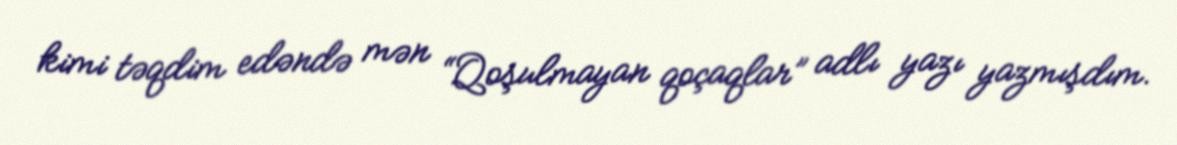
kimi təqdim edəndə mən “Qoşulmayan qoçaqlar” adlı yazı yazmışdım.